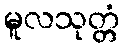
မူလသုတ္တံ